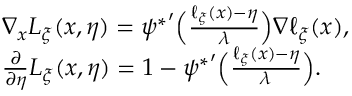
\begin{array} { r l } & { \nabla _ { x } L _ { \xi } ( x , \eta ) = { \psi ^ { * } } ^ { \prime } \Big ( \frac { \ell _ { \xi } ( x ) - \eta } { \lambda } \Big ) \nabla \ell _ { \xi } ( x ) , } \\ & { \frac { \partial } { \partial \eta } L _ { \xi } ( x , \eta ) = 1 - { \psi ^ { * } } ^ { \prime } \Big ( \frac { \ell _ { \xi } ( x ) - \eta } { \lambda } \Big ) . } \end{array}